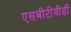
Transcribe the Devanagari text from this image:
एसबीटीवीडी